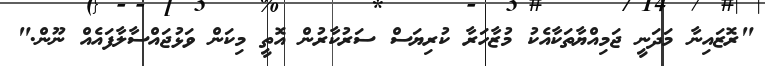
"ރޮޒައިނާ މަދަނީ ޖަމިއްޔާތަކާއެކު މުޒާހަރާ ކުރިޔަސް ސަރުކާރުން އޮތީ މިކަން ވަޅުޖައްސާލާފައެއް ނޫން."